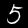
Digit: 5